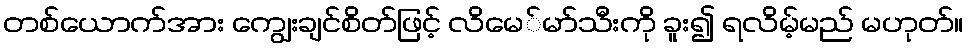
တစ်ယောက်အား ကျွေးချင်စိတ်ဖြင့် လိမေ်မာ်သီးကို ခူး၍ ရလိမ့်မည် မဟုတ်။